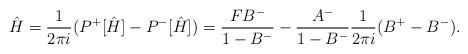
LaTeX: \begin{align*} \hat{H}=\frac{1}{2\pi i}(P^+[\hat{H}]-P^-[\hat{H}])= \frac{F B^-}{1-B^-} -\frac{A^-}{1-B^-}\frac{1}{2\pi i}(B^+ - B^-).\end{align*}